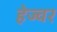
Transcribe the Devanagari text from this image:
हेज्वर